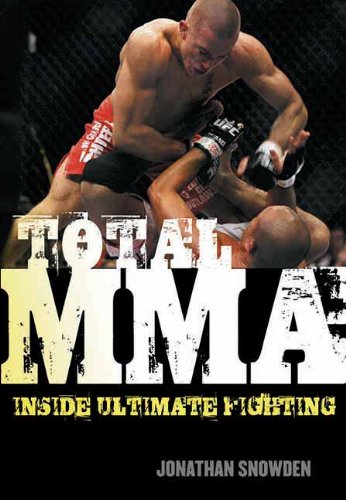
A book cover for Total MMA: Inside Ultimate Fighting; Jonathan Snowden; Sports & Outdoors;